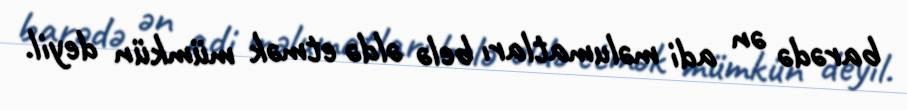
barədə ən adi məlumatları belə əldə etmək mümkün deyil.